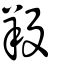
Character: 羖